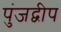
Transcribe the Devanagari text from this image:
पुंजद्वीप